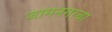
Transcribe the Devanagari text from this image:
जामनगरचा